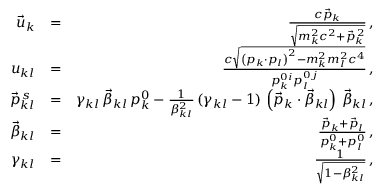
\begin{array} { r l r } { \vec { u } _ { k } } & { = } & { \frac { c \vec { p } _ { k } } { \sqrt { m _ { k } ^ { 2 } c ^ { 2 } + \vec { p } _ { k } ^ { \, 2 } } } \, , } \\ { u _ { k l } } & { = } & { \frac { c \sqrt { \left( p _ { k } \cdot p _ { l } \right) ^ { 2 } - m _ { k } ^ { 2 } m _ { l } ^ { 2 } c ^ { 4 } } } { p _ { k } ^ { 0 i } p _ { l } ^ { 0 j } } \, , } \\ { \vec { p } _ { k l } ^ { \, s } } & { = } & { \gamma _ { k l } \, \vec { \beta } _ { k l } \, p _ { k } ^ { 0 } - \frac { 1 } { \beta _ { k l } ^ { 2 } } \, ( \gamma _ { k l } - 1 ) \, \left( \vec { p } _ { k } \cdot \vec { \beta } _ { k l } \right) \, \vec { \beta } _ { k l } \, , } \\ { \vec { \beta } _ { k l } } & { = } & { \frac { \vec { p } _ { k } + \vec { p } _ { l } } { p _ { k } ^ { 0 } + p _ { l } ^ { 0 } } \, , } \\ { \gamma _ { k l } } & { = } & { \frac { 1 } { \sqrt { 1 - \beta _ { k l } ^ { 2 } } } \, , } \end{array}